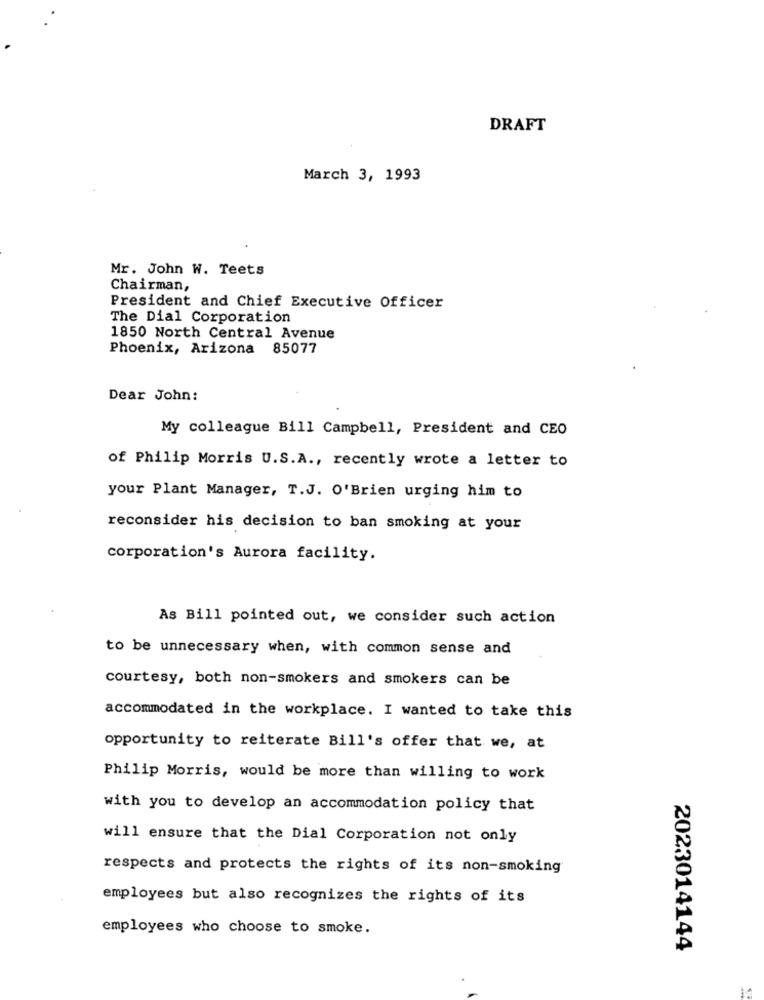
DRAFT
March 3, 1993
Mr. John W. Teets
Chairman,
President and Chief Executive Officer
The Dial Corporation
1850 North Central Avenue
Phoenix, Arizona 85077
Dear John:
My colleague Bill Campbell, President and CEO
of Philip Morris U.S.A ., recently wrote a letter to
your Plant Manager, T.J. O'Brien urging him to
reconsider his decision to ban smoking at your
corporation's Aurora facility.
As Bill pointed out, we consider such action
to be unnecessary when, with common sense and
courtesy, both non-smokers and smokers can be
accommodated in the workplace. I wanted to take this
opportunity to reiterate Bill's offer that we, at
Philip Morris, would be more than willing to work
with you to develop an accommodation policy that
will ensure that the Dial Corporation not only
respects and protects the rights of its non-smoking
employees but also recognizes the rights of its
employees who choose to smoke.
2023014144